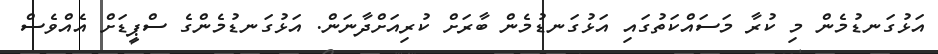
އަޅުގަނޑުމެން މި ކުރާ މަސައްކަތުގައި އަޅުގަނޑުމެން ބާރަށް ކުރިއަށްދާނަން. އަޅުގަނޑުމެންގެ ސްޕީޑަށް އެއްވެސް